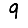
Digit: 9